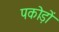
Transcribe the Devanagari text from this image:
पकोड़ों